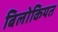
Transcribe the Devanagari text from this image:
बिलोकियत